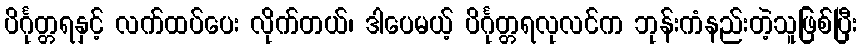
ပိင်္ဂုတ္တရနှင့် လက်ထပ်ပေး လိုက်တယ်၊ ဒါပေမယ့် ပိင်္ဂုတ္တရလုလင်က ဘုန်းကံနည်းတဲ့သူဖြစ်ပြီး